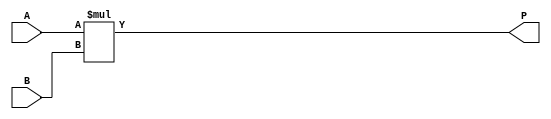
`timescale 1ns/10ps

module multiplier (
    input [2:0] A, B,
    output [5:0] P
);

	// k sinyalini hesapla
	assign P = A * B;

endmodule